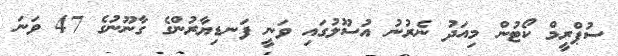
ސުޕްރީމް ކޯޓުން މިއަދު ނެރުނު އުސޫލުގައި ވަނީ ފަނޑިޔާރުންގެ ގާނޫނުގެ 47 ވަނަ